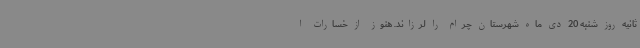
ثانیه روز شنبه 20 دی ماه شهرستان چرام را لرزاند. هنوز از خسارات ا